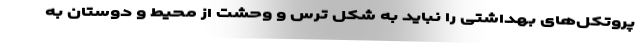
پروتکل‌های بهداشتی را نباید به شکل ترس و وحشت از محیط و دوستان به